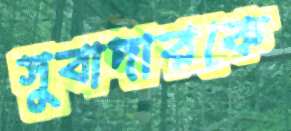
সুবাদারকে